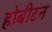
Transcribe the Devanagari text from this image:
होबीटन